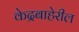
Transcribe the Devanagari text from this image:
केद्रबाहेरील